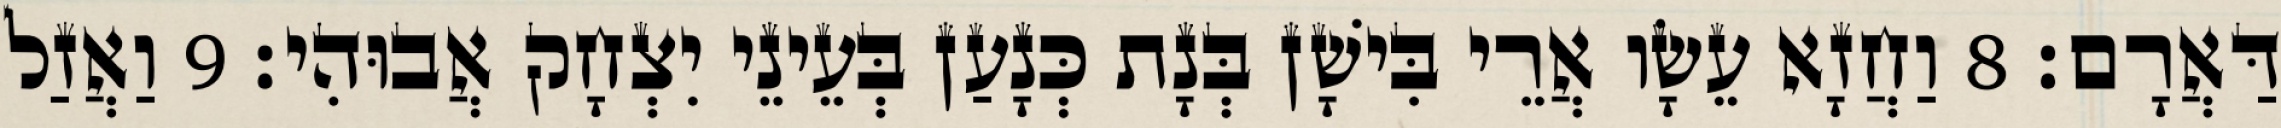
דַּאֲרָם׃ 8 וַחֲזָא עֵשָׂו אֲרֵי בִּישָׁן בְּנָת כְּנָעַן בְּעֵינֵי יִצְחָק אֲבוּהִי׃ 9 וַאֲזַל